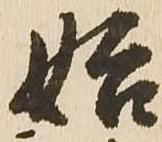
始